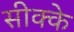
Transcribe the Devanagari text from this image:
सीक्के